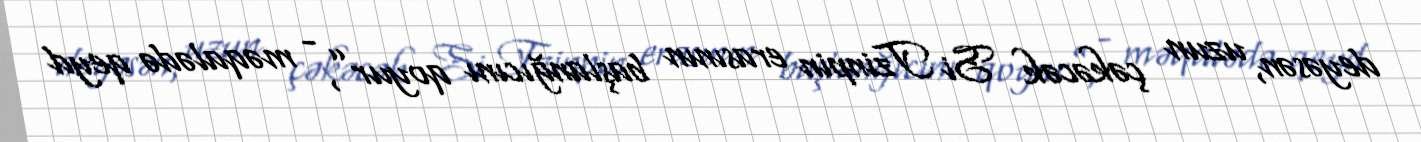
deyəsən, uzun çəkəcək Si Tzinpin erasının başlanğıcını qoyur”, - məqalədə qeyd